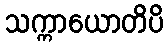
သက္ကာယောတိပိ